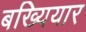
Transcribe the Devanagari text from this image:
बख्यियार